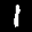
Label: 1